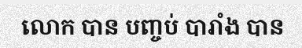
លោក បាន បញ្ចប់ បារាំង បាន